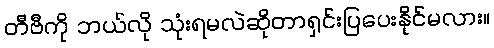
တီဗီကို ဘယ်လို သုံးရမလဲဆိုတာရှင်းပြပေးနိုင်မလား။